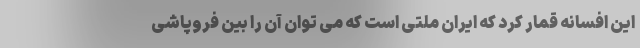
این افسانه قمار کرد که ایران ملتی است که می توان آن را بین فروپاشی